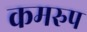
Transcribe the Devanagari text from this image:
कमरुप